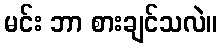
မင်း ဘာ စားချင်သလဲ။